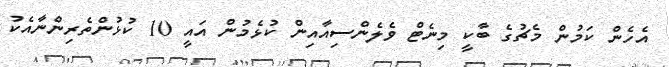
އެހެން ކަމުން މެޗުގެ ބާކީ މިނެޓް ވެލެންސިއާއިން ކުޅެމުން އައީ 10 ކުޅުންތެރިންނާއެކު